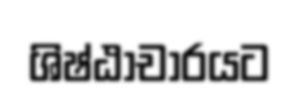
ශිෂ්ඨාචාරයට